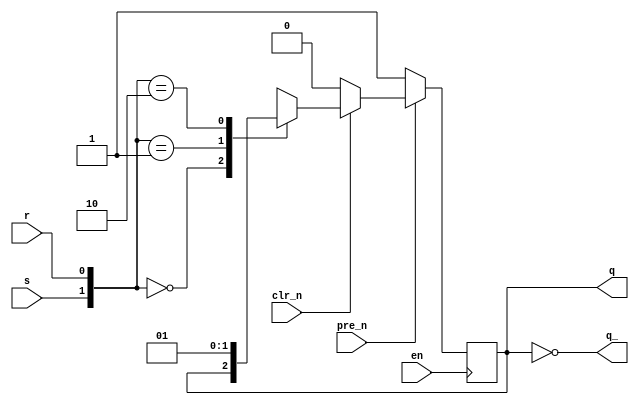
`timescale 1ns / 1ps
//////////////////////////////////////////////////////////////////////////////////
// Company: 
// 
// Design Name: SR Latch Behavioral
// Module Name: SR_Latch_Behavioral
// Project Name: 
// Target Devices: 
// Tool Versions: Viavdo 2021.2
// Description: 
// 
// Dependencies: 
// 
// Revision:
// Revision 0.01 - File Created
// Additional Comments:
// 
//////////////////////////////////////////////////////////////////////////////////


module SR_Latch_Behavioral(
    q,          // q
    q_,         // q bar
    en,         // enable
    pre_n,      // preset bar
    clr_n,      // clear bar
    s,          // set
    r           // reset
    );
    
    output reg q;
    output q_;
    input en;
    input pre_n;
    input clr_n;
    input s;
    input r;
    
    assign q_ = ~q;
    
    always@(posedge en)
    begin
        if(!pre_n)
        begin
            q = 1'b1;
        end
        
        else if(!clr_n)
        begin
            q = 1'b0;
        end
            
        else 
        begin
            casex({s, r})
                2'b00: q = q;
                2'b01: q = 1'b0;
                2'b10: q = 1'b1;
                2'b11: q = 1'bx;
            endcase
        end
    end
endmodule